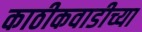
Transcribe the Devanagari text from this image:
काठीकवाडीच्या